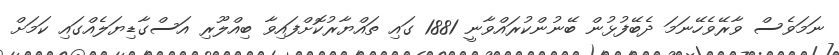
ނަމަވެސް ވާރޭވެހޭނަމަ ދެބޭފުޅުން ބޭނުންކުރައްވާނީ 1881 ގައި ތައްޔާރުކޮށްފައިވާ ބިއްލޫރި އަސްގާޑިޔަލެއްގައި ކަމަށް